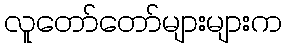
လူတော်တော်များများက